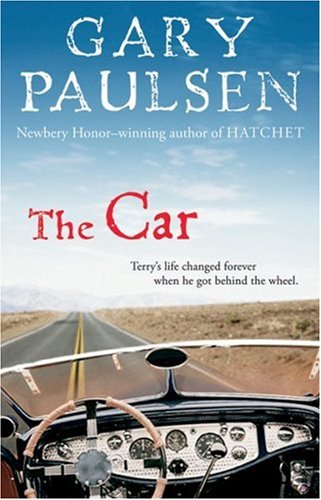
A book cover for The Car; Gary Paulsen; Teen & Young Adult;